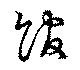
館